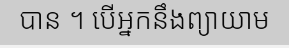
បាន ។ បើអ្នកនឹងព្យាយាម